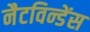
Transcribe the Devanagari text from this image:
नैटविन्डेंस